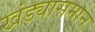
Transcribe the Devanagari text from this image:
खंड्यासमान